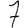
Digit: 7